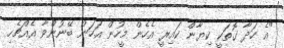
"އެ ހަދާ ގޮތަކީ ކިޔާން ކައިރީ އެހެން މީހުން އަހަން ބޭނުންވާ އެއްޗެހި